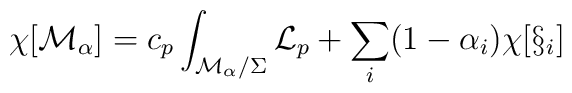
\chi [{\cal M}_{\alpha}]=c_p\int_{{\cal M}_{\alpha}/\Sigma}{\cal L}_p +\sum_{i}(1-\alpha_i) \chi [\S_i]